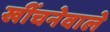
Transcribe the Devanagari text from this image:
खींचनेवाले